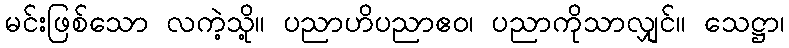
မင်းဖြစ်သော လကဲ့သို့။ ပညာဟိပညာဧဝ၊ ပညာကိုသာလျှင်။ သေဋ္ဌာ၊